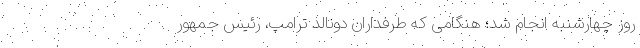
روز چهارشنبه انجام شد؛ هنگامی که طرفداران دونالد ترامپ، رئیس جمهور